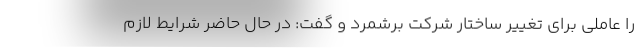
را عاملی برای تغییر ساختار شرکت برشمرد و گفت: در حال حاضر شرایط لازم